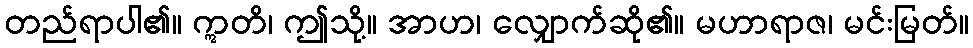
တည်ရာပါ၏။ ဣတိ၊ ဤသို့။ အာဟ၊ လျှောက်ဆို၏။ မဟာရာဇ၊ မင်းမြတ်။